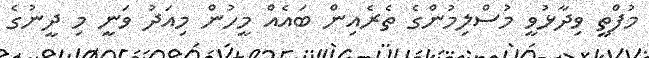
މުފްތީ ވިދާޅުވީ މުސްލިމުންގެ ތެރެއިން ބައެއް މީހުން މިއަދު ވަނީ މި ދީނުގެ